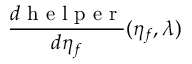
\frac { d \mathrm { ~ h ~ e ~ l ~ p ~ e ~ r ~ } } { d \eta _ { f } } ( \eta _ { f } , \lambda )